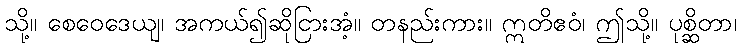
သို့။ စေဝေဒေယျ၊ အကယ်၍ဆိုငြားအံ့။ တနည်းကား။ ဣတိဧဝံ၊ ဤသို့။ ပုစ္ဆိတာ၊